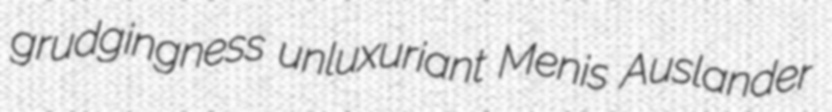
grudgingness unluxuriant Menis Auslander